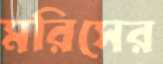
মরিসের